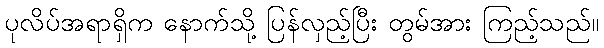
ပုလိပ်အရာရှိက နောက်သို့ ပြန်လှည့်ပြီး တွမ်အား ကြည့်သည်။